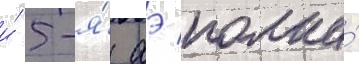
и́ 5-я́ аэ полка́